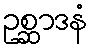
ဥစ္ဆာဒနံ